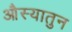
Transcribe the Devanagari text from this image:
औस्यातुन